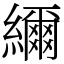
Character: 䌤